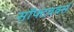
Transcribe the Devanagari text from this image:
सॉफ्टवर्क्स